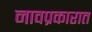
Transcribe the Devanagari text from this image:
नावप्रकारात